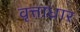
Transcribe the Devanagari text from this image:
वृत्ताधार